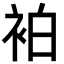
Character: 袙